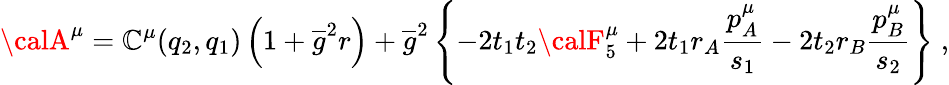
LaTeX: {\calA}^{\mu}=\mathbb{C}^{\mu}(q_{2},q_{1})\left(1+\overline{{{g}}}^{2}r\right)+\overline{{{g}}}^{2}\left\{ -2t_{1}t_{2}{\calF}_{5}^{\mu}+2t_{1}r_{A}\frac{{p_{A}^{\mu}}}{{s_{1}}}-2t_{2}r_{B}\frac{{p_{B}^{\mu}}}{{s_{2}}}\right\} \; ,